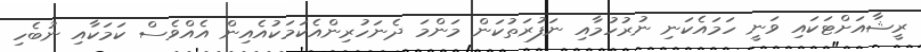
ރީޝާއަށްޓަކައި ވަނީ ހަމައެކަނި ނުރުހުމާއި ނަފުރަތުކަން މަންމަ ދެނަހުރިންއެކަމަކުއެއިން އެއްވެސް ކަމަކާއި ނުބެހި